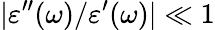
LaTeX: |\varepsilon^{\prime\prime}(\omega)/\varepsilon^{\prime}(\omega)|\ll 1